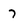
Character: 7